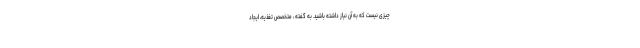
چیزی نیست که به آن نیاز داشته باشید. به گفته ، متخصص تغذیه، ایجاد